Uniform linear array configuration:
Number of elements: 4
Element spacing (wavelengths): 0.5
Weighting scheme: uniform
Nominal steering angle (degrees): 60
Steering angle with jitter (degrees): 60.308
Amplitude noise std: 0.05
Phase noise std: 0.05

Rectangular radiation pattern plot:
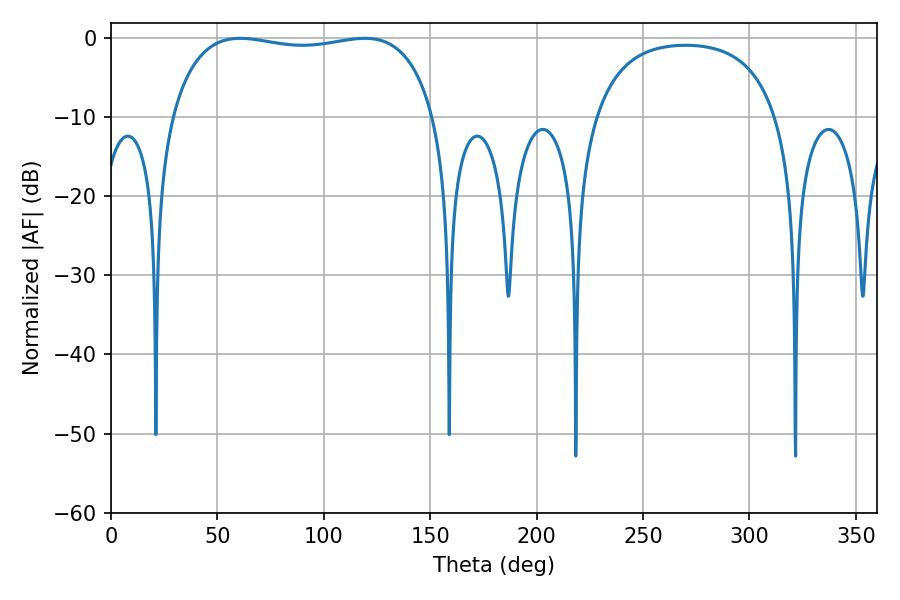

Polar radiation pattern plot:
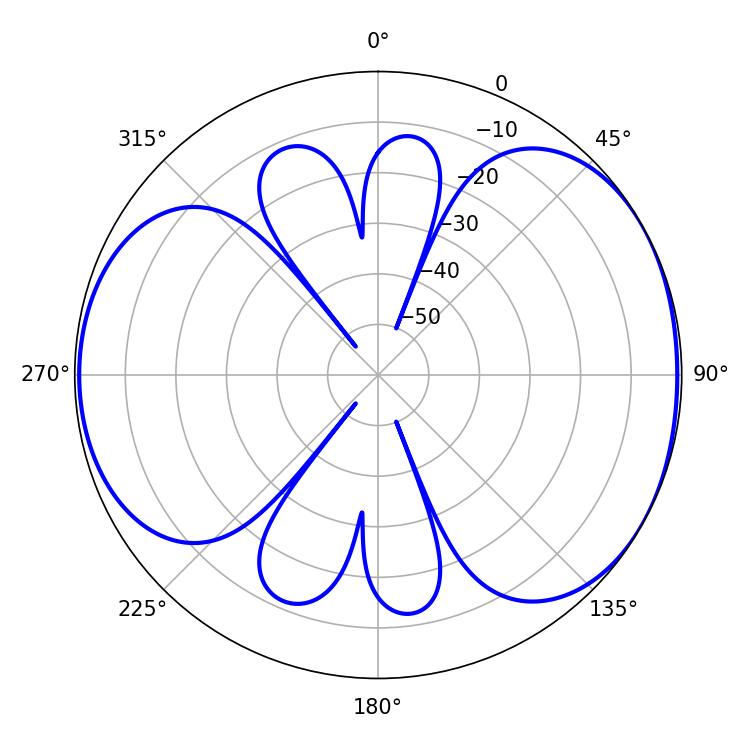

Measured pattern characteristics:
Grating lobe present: FALSE
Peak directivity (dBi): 5.016
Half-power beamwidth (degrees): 100.08
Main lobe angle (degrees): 60.66